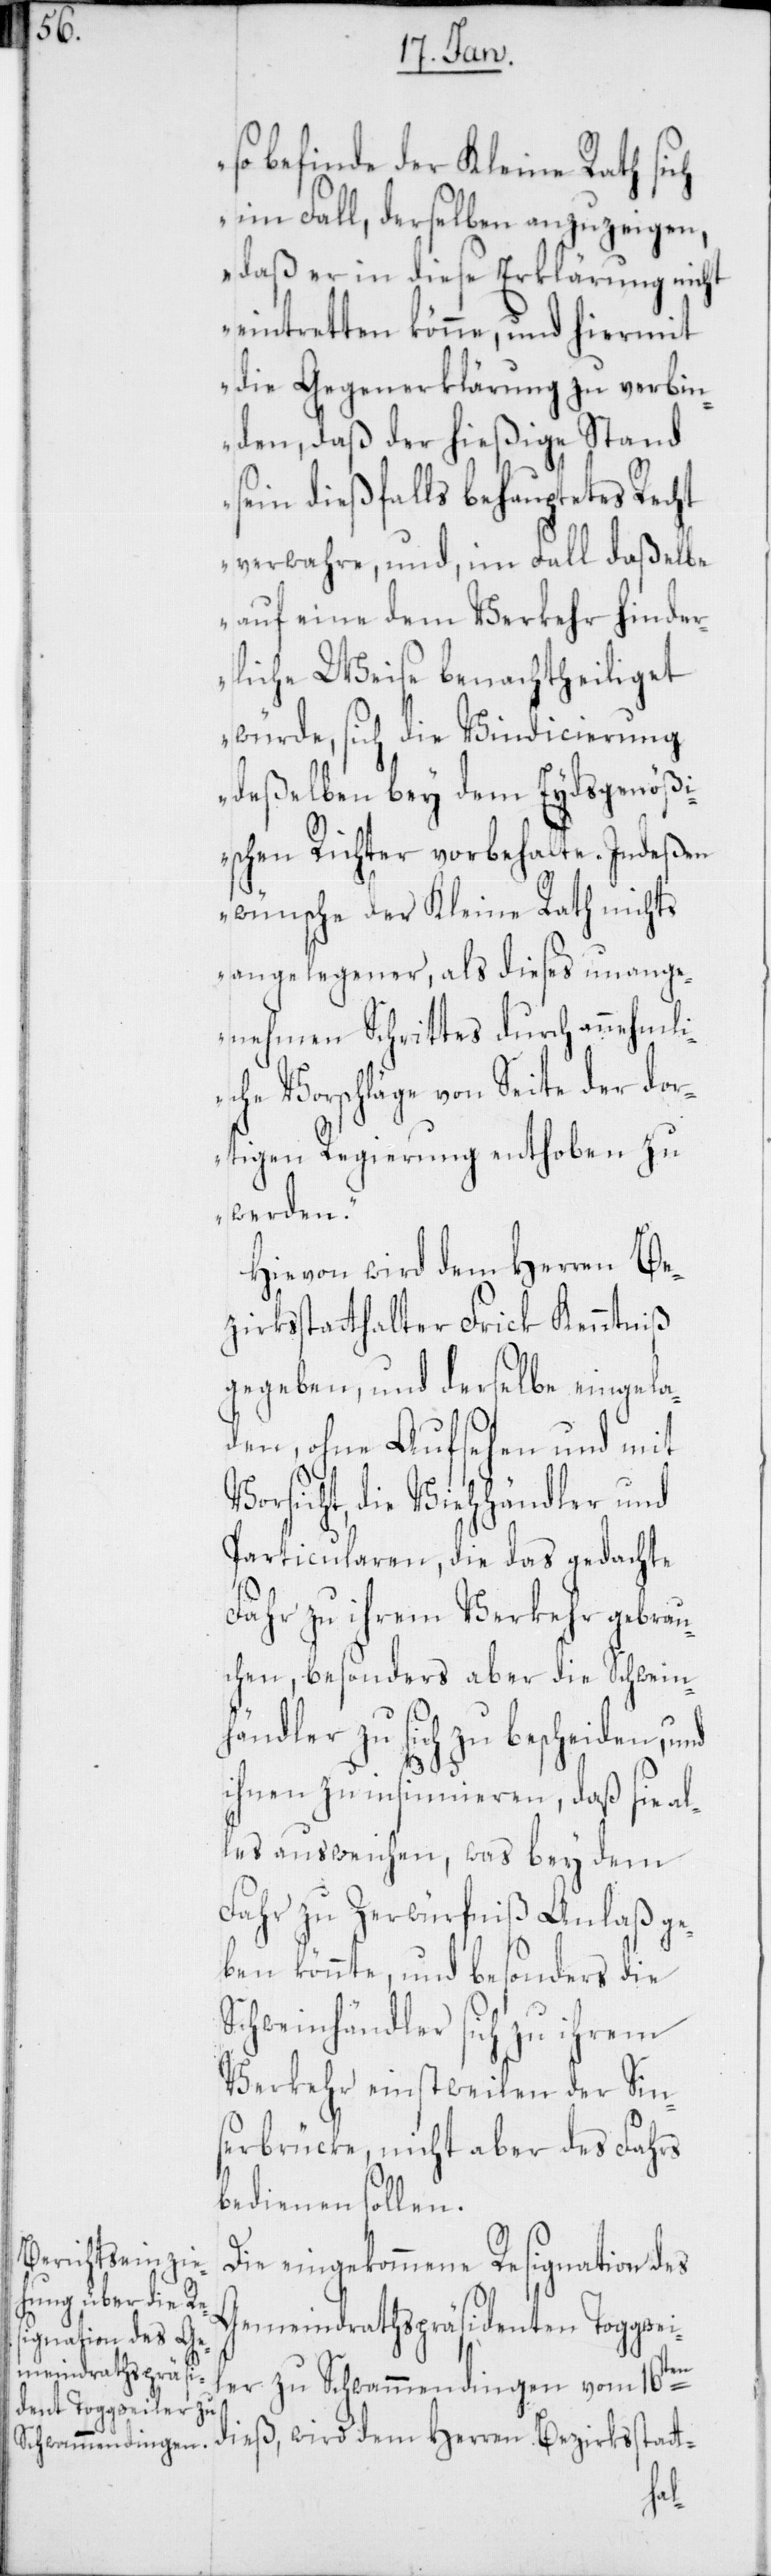
so befinde der Kleine Rath sich
im Fall, derselben anzuzeigen,
daß er in diese Erklärung nicht
eintretten könne, und hiermit
die Gegenerklärung zu verbin¬
den, daß der hießige Stand
sein dießfalls behauptetes Recht
verwahre, und, im Fall daßelbe
auf eine dem Verkehr hinder¬
liche Weise benachtheiliget
würde, sich die Vindicierung
deßelben bey dem Eydsgenößi¬
schen Richter vorbehalte. Indeßen
wünsche der Kleine Rath nichts
angelegener, als dieses unange¬
nehmen Schrittes durch annehmli¬
che Vorschläge von Seite der dor¬
tigen Regierung enthoben zu
werden.“
Hievon wird dem Herren Be¬
zirksstatthalter Frick Kenntniß
gegeben, und derselbe eingela¬
den, ohne Aufsehen und mit
Vorsicht, die Viehhändler und
Particularen, die das gedachte
Fahr zu ihrem Verkehr gebrau¬
chen, besonders aber die Schwein¬
händler zu sich zu bescheiden, und
ihnen zu insinnuieren, daß sie al¬
les ausweichen, was bey dem
Fahr zu Zerwürfniß Anlaß ge¬
ben könnte, und besonders die
Schweinhändler sich zu ihrem
Verkehr einstweilen der Sin¬
serbrücke, nicht aber des Fahrs
bedienen sollen.
Die eingekommene Resignation des
Gemeindrathspräsidenten Toggwei¬
ler zu Schwammendingen vom 16ten